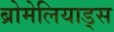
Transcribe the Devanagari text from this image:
ब्रोमेलियाड्स